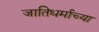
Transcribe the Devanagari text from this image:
जातिधर्माच्या